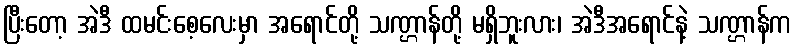
ပြီးတော့ အဲဒီ ထမင်းစေ့လေးမှာ အရောင်တို့ သဏ္ဌာန်တို့ မရှိဘူးလား၊ အဲဒီအရောင်နဲ့ သဏ္ဌာန်က